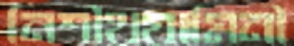
নিশীথযামিনী